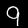
Digit: 9